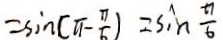
= \sin ( \pi - \frac { \pi } { 6 } ) = \sin \frac { \pi } { 6 }